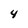
Character: 4